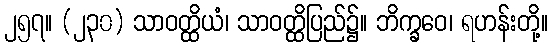
၂၅၇။ (၂၃၀) သာဝတ္ထိယံ၊ သာဝတ္ထိပြည်၌။ ဘိက္ခဝေ၊ ရဟန်းတို့။